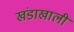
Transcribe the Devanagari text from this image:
खंडाखाली